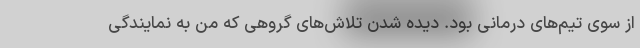
از سوی تیم‌های درمانی بود. دیده شدن تلاش‌های گروهی که من به نمایندگی